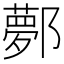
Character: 鄸